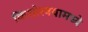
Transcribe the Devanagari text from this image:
किशोरवयामध्ये